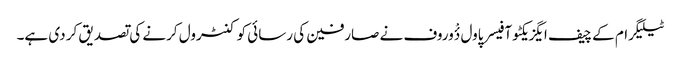
ٹیلیگرام کے چیف ایگزیکٹو آفیسر پاول دٴْوروف نے صارفین کی رسائی کو کنٹرول کرنے کی تصدیق کر دی ہے۔